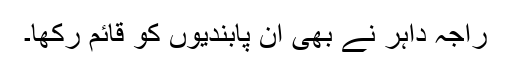
راجہ داہر نے بھی ان پابندیوں کو قائم رکھا۔